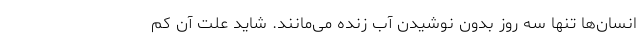
انسان‌ها تنها سه روز بدون نوشیدن آب زنده می‌مانند. شاید علت آن کم